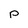
Character: p